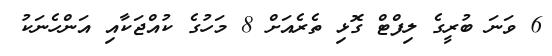
6 ވަނަ ބުރީގެ ލިފްޓް ގޮޅި ތެރެއަށް 8 މަހުގެ ކުއްޖަކާއި އަންހެނަކު